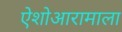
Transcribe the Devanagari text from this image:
ऐशोआरामाला